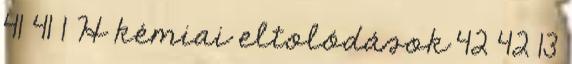
41 41 1 H kémiai eltolódások 42 42 13